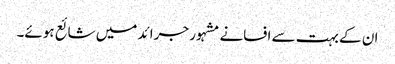
ان کے بہت سے افسانے مشہور جرائد میں شائع ہوئے۔